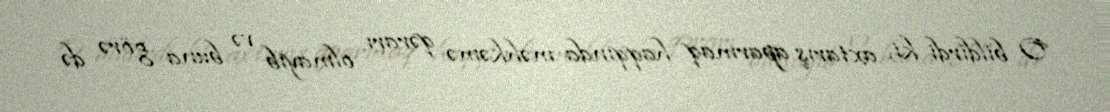
O bildirdi ki, axtarış aparmaq haqqında məhkəmə qərarı olmayıb və buna görə də